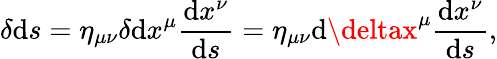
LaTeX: \delta\mathrm{d}s=\eta_{\mu\nu}\delta\mathrm{d}x^{\mu}{\frac{{\mathrm{d}x^{\nu}}}{{\mathrm{d}s}}}=\eta_{\mu\nu}\mathrm{d}\deltax^{\mu}{\frac{{\mathrm{d}x^{\nu}}}{{\mathrm{d}s}}},